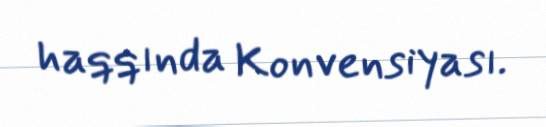
haqqında Konvensiyası.